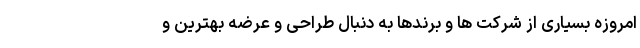
امروزه بسیاری از شرکت ها و برندها به دنبال طراحی و عرضه بهترین و